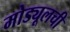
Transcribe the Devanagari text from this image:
मोड्यूलची